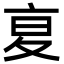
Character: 㚆